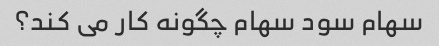
سهام سود سهام چگونه کار می کند؟